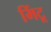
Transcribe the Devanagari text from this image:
मिंटू